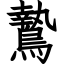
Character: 鷙